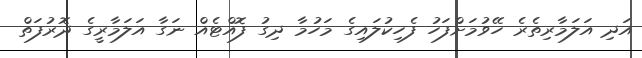
އަދި އަލަމާރިތެރެ ހޭވުމަށްފަހު ފެހިކުލައިގެ މަހުމާ ދިގު ފޮއްޓެއް ނަގާ އަލަމާރީގެ ދޮރުފަތް